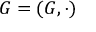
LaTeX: G = ( G , \cdot )